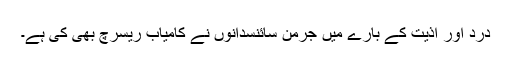
درد اور اذیت کے بارے میں جرمن سائنسدانوں نے کامیاب ریسرچ بھی کی ہے۔